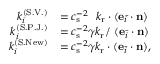
\begin{array} { r l } { k _ { i } ^ { ( \mathrm { S . V . } ) } } & { = c _ { \mathrm { s } } ^ { - 2 } \ \ k _ { \mathrm { r } } \cdot ( \mathbf { e } _ { \bar { i } } \cdot \mathbf { n } ) } \\ { k _ { i } ^ { ( \mathrm { S . P . J . } ) } } & { = c _ { \mathrm { s } } ^ { - 2 } \gamma k _ { \mathrm { r } } / \ ( \mathbf { e } _ { \bar { i } } \cdot \mathbf { n } ) } \\ { k _ { i } ^ { ( \mathrm { S . N e w } ) } } & { = c _ { \mathrm { s } } ^ { - 2 } \gamma k _ { \mathrm { r } } \cdot ( \mathbf { e } _ { \bar { i } } \cdot \mathbf { n } ) , } \end{array}